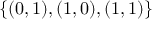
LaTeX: \{ ( 0 , 1 ) , ( 1 , 0 ) , ( 1 , 1 ) \}